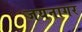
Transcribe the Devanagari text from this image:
जयनागर